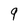
Character: 9